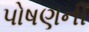
પોષણની